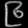
Digit: ၉